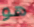
هو